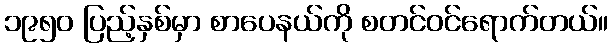
၁၉၅၀ ပြည့်နှစ်မှာ စာပေနယ်ကို စတင်ဝင်ရောက်တယ်။